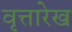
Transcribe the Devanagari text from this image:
वृत्तारेख